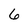
Character: 6